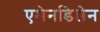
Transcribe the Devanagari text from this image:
एमेनडिन्जेन